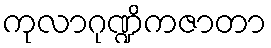
ကုလာဂုဏ္ဍိကဇာတာ